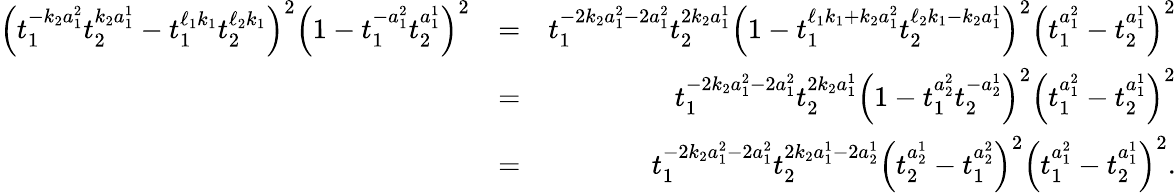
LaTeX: \begin{array}{rlr}{\left(t_{1}^{-k_{2}a_{1}^{2}}t_{2}^{k_{2}a_{1}^{1}}-t_{1}^{\ell_{1}k_{1}}t_{2}^{\ell_{2}k_{1}}\right)^{2}\left(1-t_{1}^{-a_{1}^{2}}t_{2}^{a_{1}^{1}}\right)^{2}}&{=}&{t_{1}^{-2k_{2}a_{1}^{2}-2a_{1}^{2}}t_{2}^{2k_{2}a_{1}^{1}}\left(1-t_{1}^{\ell_{1}k_{1}+k_{2}a_{1}^{2}}t_{2}^{\ell_{2}k_{1}-k_{2}a_{1}^{1}}\right)^{2}\left(t_{1}^{a_{1}^{2}}-t_{2}^{a_{1}^{1}}\right)^{2}}\\ &{=}&{t_{1}^{-2k_{2}a_{1}^{2}-2a_{1}^{2}}t_{2}^{2k_{2}a_{1}^{1}}\left(1-t_{1}^{a_{2}^{2}}t_{2}^{-a_{2}^{1}}\right)^{2}\left(t_{1}^{a_{1}^{2}}-t_{2}^{a_{1}^{1}}\right)^{2}}\\ &{=}&{t_{1}^{-2k_{2}a_{1}^{2}-2a_{1}^{2}}t_{2}^{2k_{2}a_{1}^{1}-2a_{2}^{1}}\left(t_{2}^{a_{2}^{1}}-t_{1}^{a_{2}^{2}}\right)^{2}\left(t_{1}^{a_{1}^{2}}-t_{2}^{a_{1}^{1}}\right)^{2}.}\end{array}